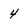
Character: 4